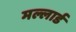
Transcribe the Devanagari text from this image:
मल्लार्ड